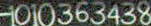
1010363438